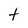
Character: t